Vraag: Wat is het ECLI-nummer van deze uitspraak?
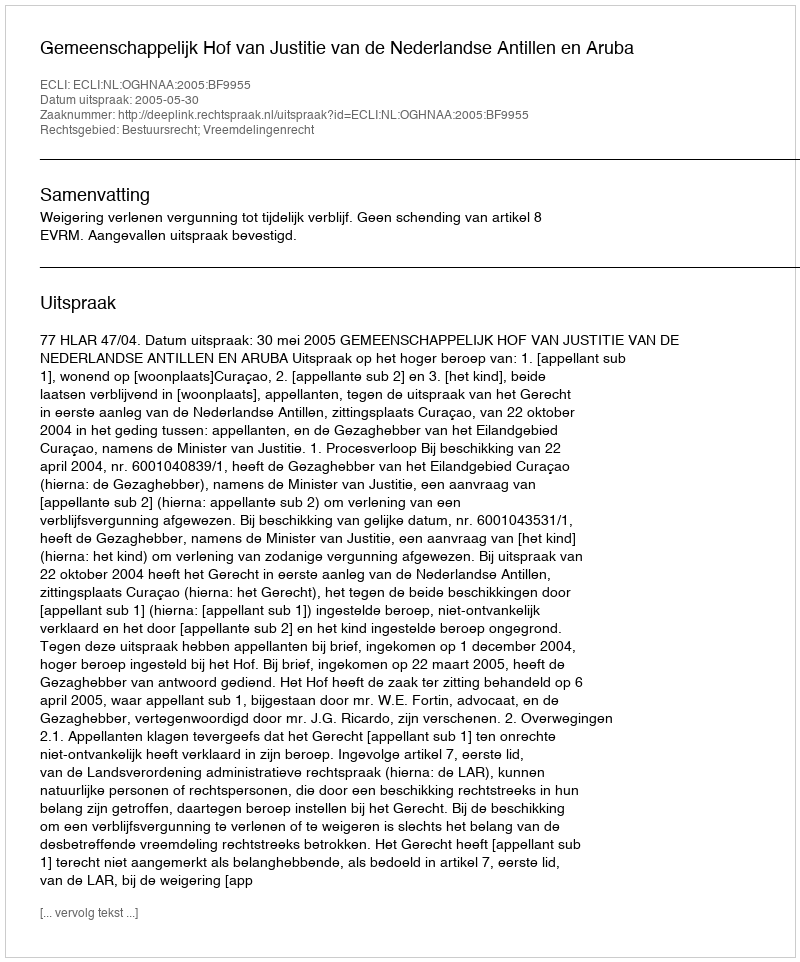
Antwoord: ECLI:NL:OGHNAA:2005:BF9955